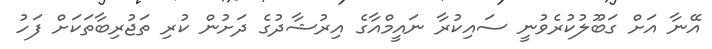
އޭނާ އަށް ގަބޫލުކުރެވުނީ ސައިކުރާ ނައީމްއާގެ އިރުޝާދުގެ ދަށުން ކުރި ތަޖުރިބާތަކަށް ފަހު